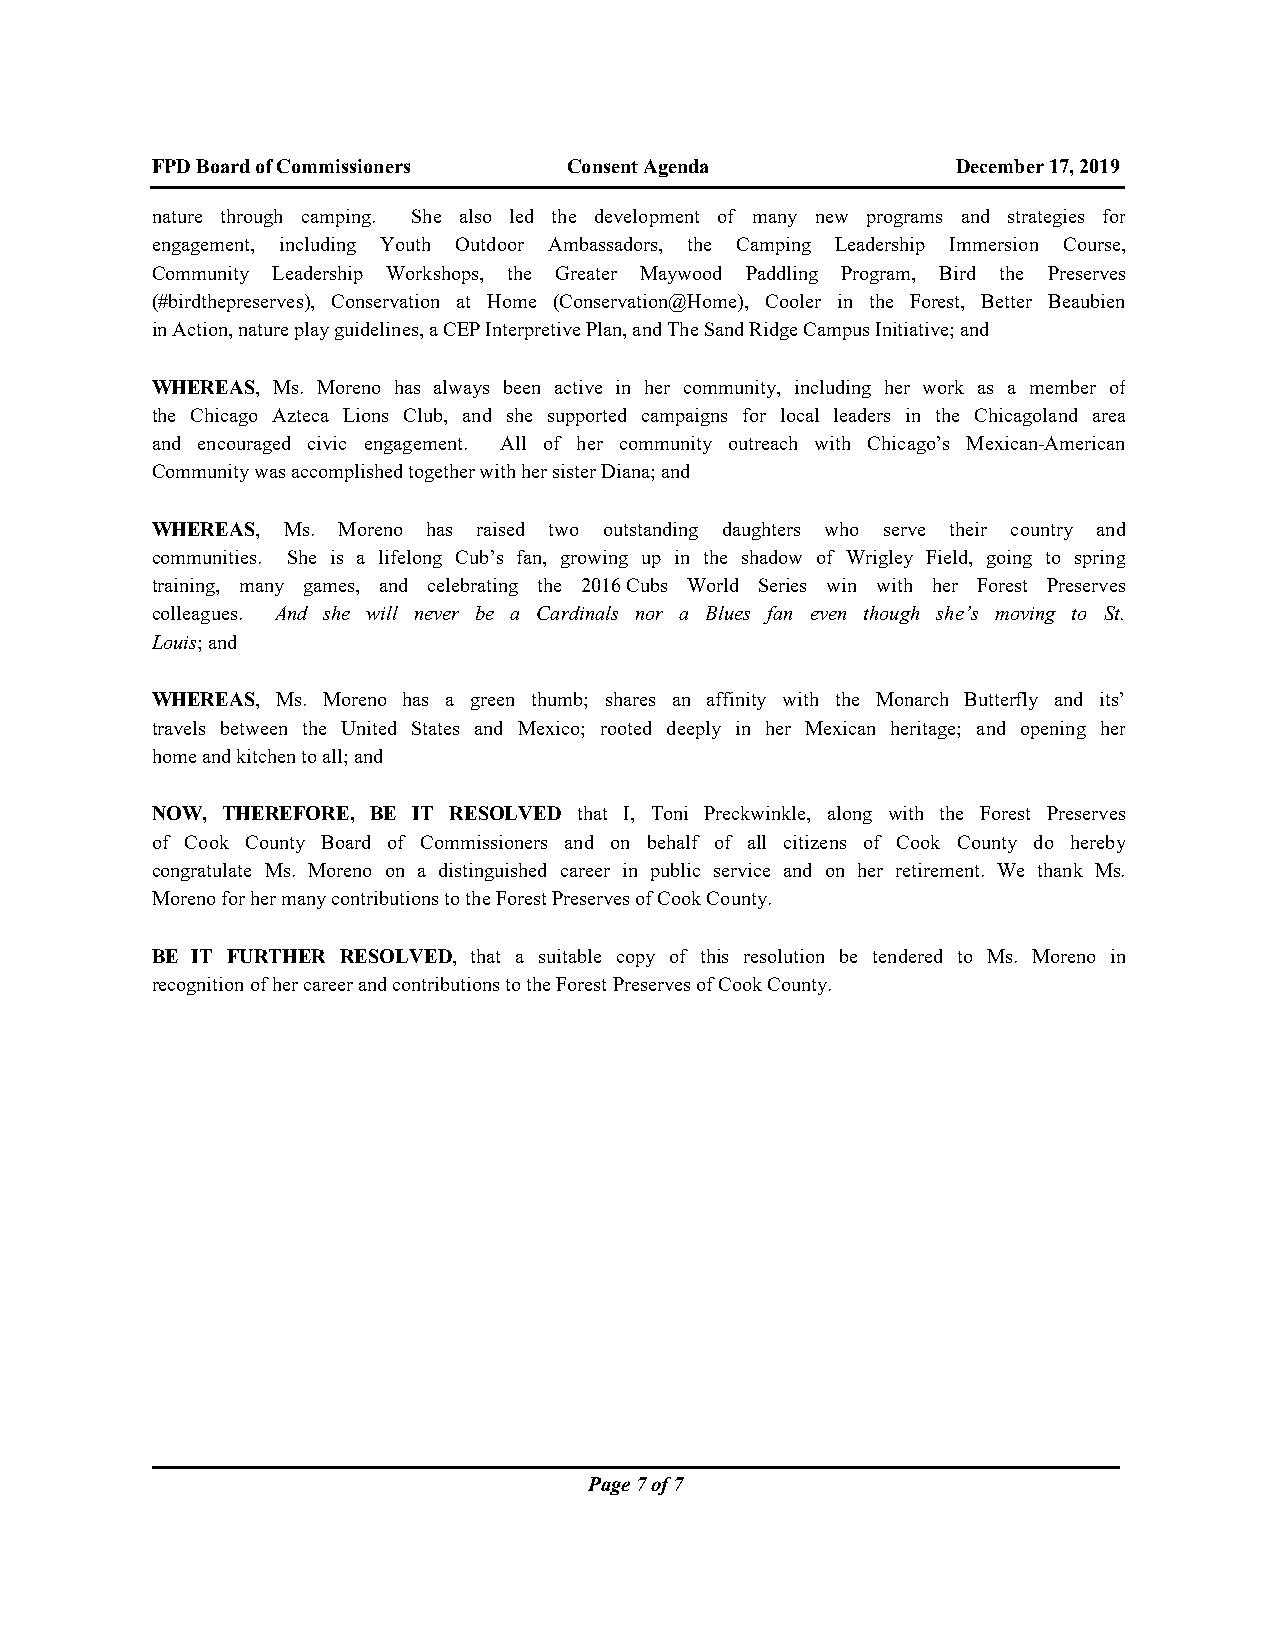
FPD Board of Commissioners  Consent Agenda           December 17, 2019
 nature through camping. She also led the development of many new programs and strategies for
 engagement, including Youth Outdoor Ambassadors, the Camping Leadership Immersion Course,
 Community Leadership Workshops, the Greater Maywood Paddling Program, Bird the Preserves
 (#birdthepreserves), Conservation at Home (Conservation@Home), Cooler in the Forest, Better Beaubien
 in Action, nature play guidelines, a CEP Interpretive Plan, and The Sand Ridge Campus Initiative; and
 WHEREAS, Ms. Moreno has always been active in her community, including her work as a member of
 the Chicago Azteca Lions Club, and she supported campaigns for local leaders in the Chicagoland area
 and encouraged civic engagement. All of her community outreach with Chicago’s Mexican-American
 Community was accomplished together with her sister Diana; and
 WHEREAS, Ms. Moreno has raised two outstanding daughters who serve their country and
 communities. She is a lifelong Cub’s fan, growing up in the shadow of Wrigley Field, going to spring
 training, many games, and celebrating the 2016 Cubs World Series win with her Forest Preserves
 colleagues. And she will never be a Cardinals nor a Blues fan even though she’s moving to St.
 Louis; and
 WHEREAS, Ms. Moreno has a green thumb; shares an affinity with the Monarch Butterfly and its’
 travels between the United States and Mexico; rooted deeply in her Mexican heritage; and opening her
 home and kitchen to all; and
 NOW, THEREFORE, BE IT RESOLVED that I, Toni Preckwinkle, along with the Forest Preserves
 of Cook County Board of Commissioners and on behalf of all citizens of Cook County do hereby
 congratulate Ms. Moreno on a distinguished career in public service and on her retirement. We thank Ms.
 Moreno for her many contributions to the Forest Preserves of Cook County.
 BE IT FURTHER RESOLVED, that a suitable copy of this resolution be tendered to Ms. Moreno in
 recognition of her career and contributions to the Forest Preserves of Cook County.
 Page 7 of 7